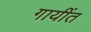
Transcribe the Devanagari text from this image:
गायींत